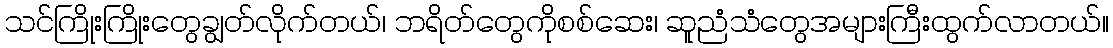
သင်ကြိုးကြိုးတွေချွတ်လိုက်တယ်၊ ဘရိတ်တွေကိုစစ်ဆေး၊ ဆူညံသံတွေအများကြီးထွက်လာတယ်။